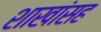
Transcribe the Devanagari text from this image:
शाखांसह